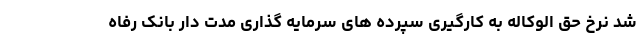
شد نرخ حق الوکاله به کارگیری سپرده های سرمایه گذاری مدت دار بانک رفاه